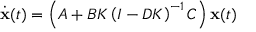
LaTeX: { \dot { \mathbf { x } } } ( t ) = \left( A + B K \left( I - D K \right) ^ { - 1 } C \right) \mathbf { x } ( t )